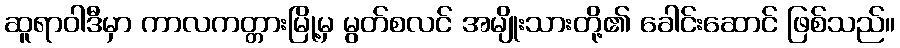
ဆူရာဝါဒီမှာ ကာလကတ္တားမြို့မှ မွတ်စလင် အမျိုးသားတို့၏ ခေါင်းဆောင် ဖြစ်သည်။